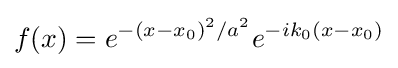
f(x)=e^{-(x-x_{0})^{2}/a^{2}}e^{-ik_{0}(x-x_{0})}